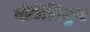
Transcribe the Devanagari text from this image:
दोमिनिकुए